Report on the working of the Ranchi Indian Mental Hospital, Kanke, in Bihar and Orissa - 1930-1940
Year: 1930
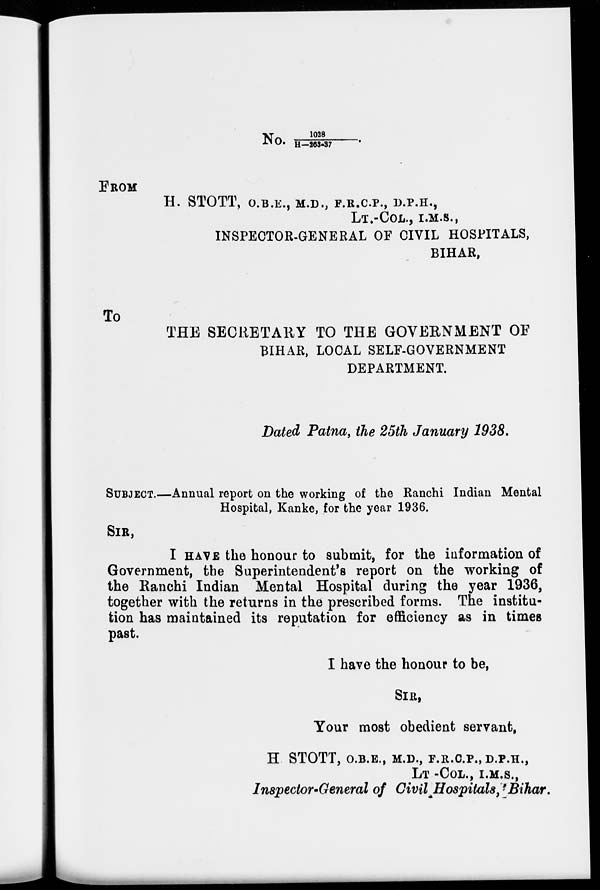
No 1028\
H-263-37
FROM
H. STOTT, O.B.E., M.D., F.R.C.P., D.P.H.,
LT.-COL., I.M.S.,
INSPECTOR-GENERAL OF CIVIL HOSPITALS,
BIHAR,
To
THE SECRETARY TO THE GOVERNMENT OF
BIHAR, LOCAL SELF-GOVERNMENT
DEPARTMENT.
Dated Patna, the 25th January 1938.
SUBJECT.—Annual report on the working of the Ranchi Indian Mental
Hospital, Kanke, for the year 1936.
SIR,
I HAVE the honour to submit, for the information of
Government, the Superintendent's report on the working of
the Ranchi Indian Mental Hospital during the year 1936,
together with the returns in the prescribed forms. The institu-
tion has maintained its reputation for efficiency as in times
past.
I have the honour to be,
SIR,
Your most obedient servant,
H STOTT, O.B. E., M.D., F.R.
LT -COL., I.M.S.,
Inspector-General of Civil Hospitals, Bihar.